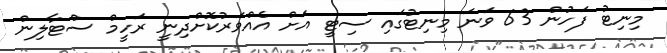
މިނިޓު ފަހުން 63 ވަނަ މިނިޓުގައި ސިޓީ އަށް އެއްވަރުކޮށްދިނީ ރަހީމް ސްޓާލިން